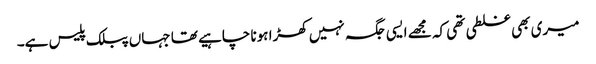
میری بھی غلطی تھی کہ مجھے ایسی جگہ نہیں کھڑا ہونا چاہیے تھا جہاں پبلک پلیس ہے۔